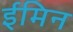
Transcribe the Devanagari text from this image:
ईमिन